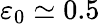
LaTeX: \varepsilon_{0}\simeq 0.5